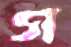
গ